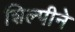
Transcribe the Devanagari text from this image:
शिल्पीने